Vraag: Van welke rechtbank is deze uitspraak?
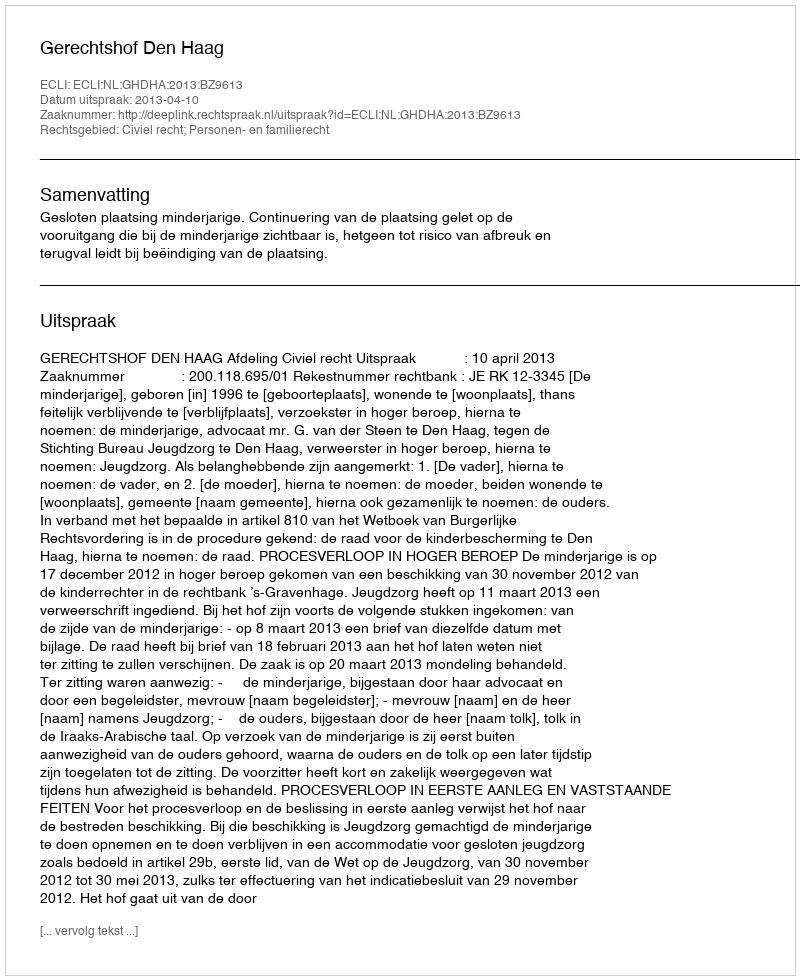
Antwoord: Gerechtshof Den Haag